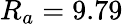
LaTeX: R_{a}=9.79